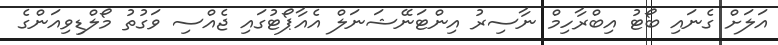
އަލަށް ގެނައި ބޯޓު އިބްރާހިމް ނާސިރު އިންޓަނޭޝަނަލް އެއާޕޯޓުގައި ޖެއްސި ވަގުތު މޯލްޑިވިއަންގެ